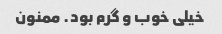
خیلی خوب و گرم بود. ممنون